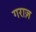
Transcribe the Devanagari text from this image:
गराज़